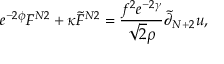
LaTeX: e ^ { - 2 \phi } F ^ { N 2 } + \kappa { \tilde { F } } ^ { N 2 } = \frac { f ^ { 2 } e ^ { - 2 \gamma } } { \sqrt { 2 } \rho } { \tilde { \partial } } _ { N + 2 } u ,